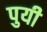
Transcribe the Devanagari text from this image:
पुयी